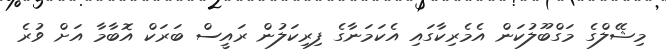
މިޝޭލްގެ މަގްބޫލުކަން އެމެރިކާގައި އެކަމަނާގެ ފިރިކަލުން ރައީސް ބަރަކް އޮބާމާ އަށް ވުރެ